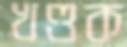
খণ্ডক